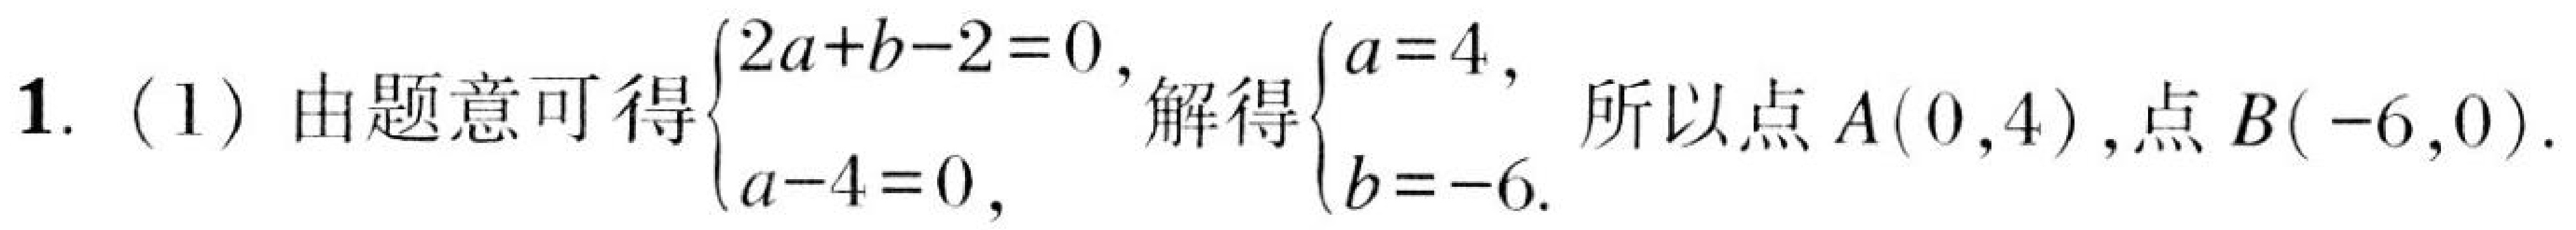
1. (1) 由题意可得\(\begin{cases}2a + b - 2 = 0,\\a - 4 = 0,\end{cases}\)解得\(\begin{cases}a = 4,\\b = - 6.\end{cases}\) 所以点\(A(0,4)\),点\(B(-6,0)\).